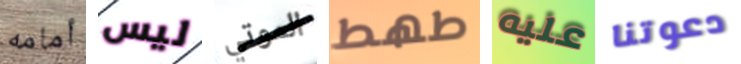
أمامه ليس الموتي طھط عليه دعوتنا